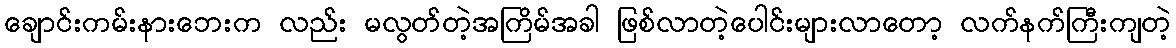
ချောင်းကမ်းနားဘေးက လည်း မလွတ်တဲ့အကြိမ်အခါ ဖြစ်လာတဲ့ပေါင်းများလာတော့ လက်နက်ကြီးကျတဲ့